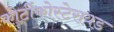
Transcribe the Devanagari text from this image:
कोर्टीकोस्टेरायड